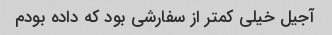
آجیل خیلى کمتر از سفارشى بود که داده بودم